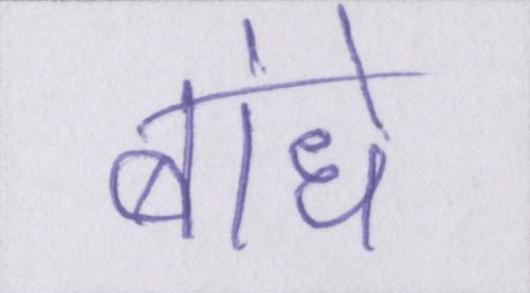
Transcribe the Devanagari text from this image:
बांधे